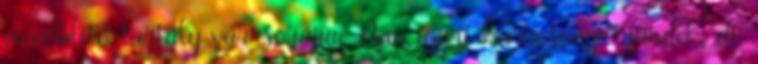
vécéöblítő tartály vár sorára. Nem igazi karácsonyi ajándék, de